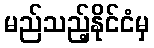
မည်သည့်နိုင်ငံမှ